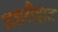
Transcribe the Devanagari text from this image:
तशरीहात